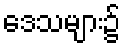
ဒေသများ၌